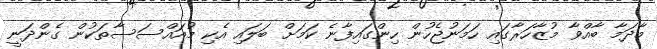
މާދަމާ ބާއްވާ މުޒާހަރާގައި ހަމަނުޖެހުން ހިންގައިފާނެ ކަމަށް ބަލައި އެކި މުއައްސަސާތަކުން ގެންދަނީ